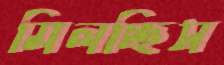
মিলচ্ছিস